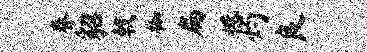
眷貂戟枷扁憾灼良